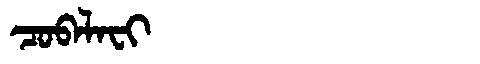
Manchu: ᠴᠣᠪᠠᠯᠠᠸᡳ
Romanization: COBALAFI